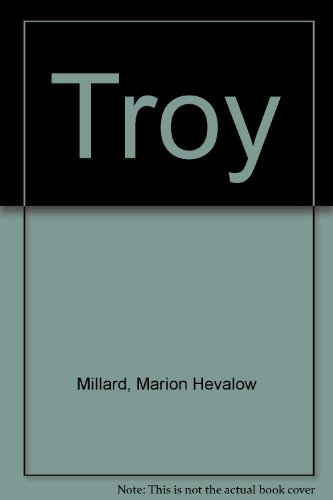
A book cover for Troy; Marion Hevalow Millard; Health, Fitness & Dieting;